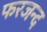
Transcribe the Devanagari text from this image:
फरजन्द